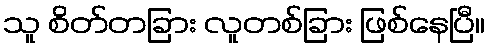
သူ စိတ်တခြား လူတစ်ခြား ဖြစ်နေပြီ။